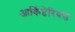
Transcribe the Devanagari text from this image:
आर्किप्टेरिक्स